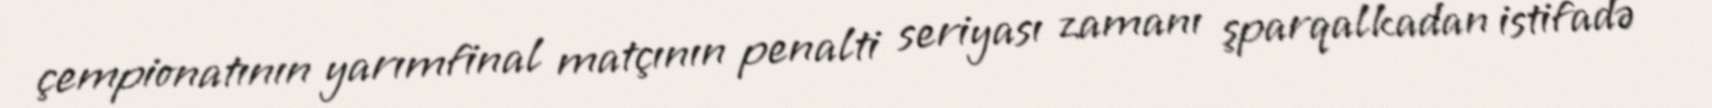
çempionatının yarımfinal matçının penalti seriyası zamanı şparqalkadan istifadə